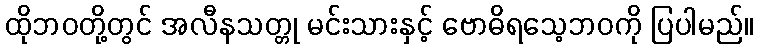
ထိုဘဝတို့တွင် အလီနသတ္တု မင်းသားနှင့် ဗောဓိရသေ့ဘဝကို ပြပါမည်။